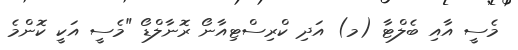
މެސީ އާއި ބެލްޓާ (މ) އަދި ކްރިސްޓިއާނޯ ރޮނާލްޑޯ "މެސީ އަކީ ކޮންމެ